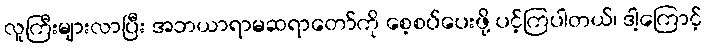
လူကြီးများလာပြီး အဘယာရာမဆရာတော်ကို စေ့စပ်ပေးဖို့ ပင့်ကြပါတယ်၊ ဒါ့ကြောင့်